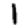
Digit: 1